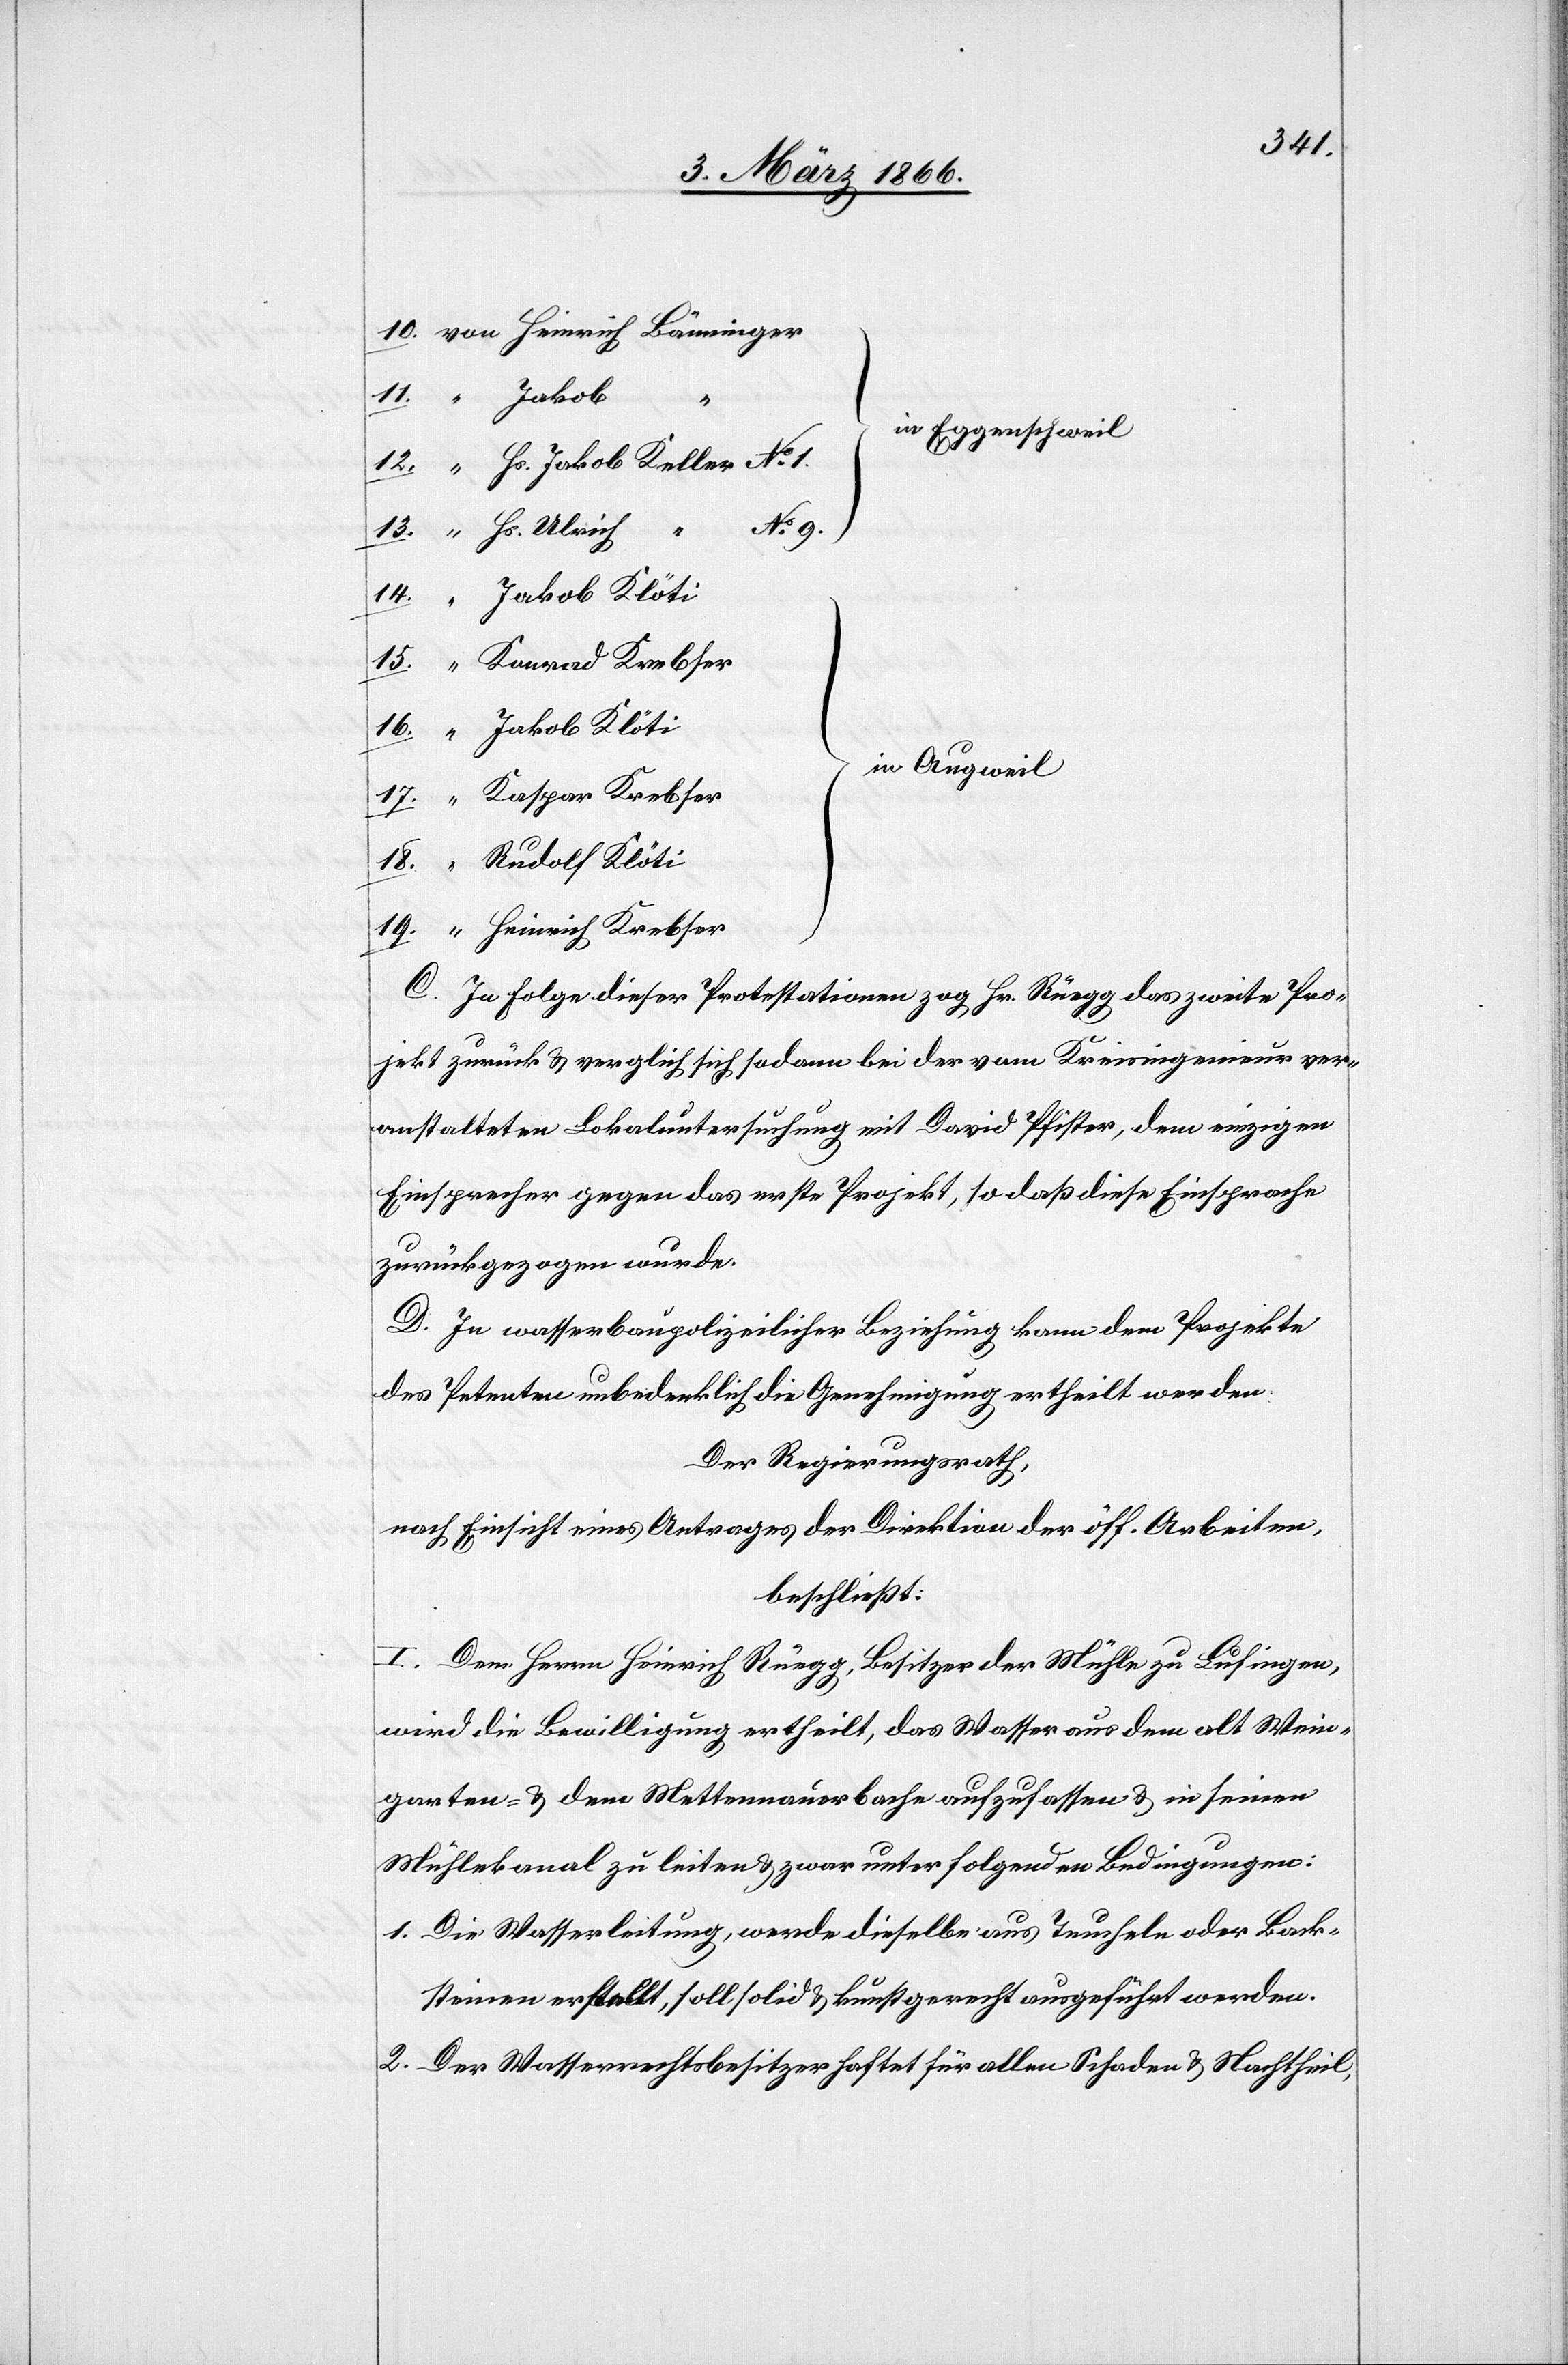
von Heinrich Bänninger
}
in Eggentschweil
“ Hs. Jakob Keller No. 1.
No. 9.
“ Hs. Ulrich „
Jakob Klöti
17.
in Augweil
Kaspar Krebser
}
9.
Rudolf Klöti
7.
19.
“ Heinrich Krebser
C. In Folge dieser Protestationen zog Hr. Rüegg das zweite Pro¬
jekt zurück u. verglich sich sodann bei der vom Kreisingenieur ver¬
anstalteten Lokaluntersuchung mit David Pfister, dem einzigen
Einsprecher gegen das erste Projekt, so daß diese Einsprache
zurückgezogen wurde.
D. In wasserbaupolizeilicher Beziehung kann dem Projekte
des Petenten unbedenklich die Genehmigung ertheilt werden.
Der Regierungsrath,
nach Einsicht eines Antrages der Direktion der öff. Arbeiten,
beschließt:
I. Dem Herrn Heinrich Rüegg, Besitzer der Mühle zu Lufingen,
wird die Bewilligung ertheilt, das Wasser aus dem alt Wein¬
garten- u. dem Mettennauerbache aufzufassen u. in seinen
Mühlekanal zu leiten u. zwar unter folgenden Bedingungen:
1. Die Wasserleitung, werde dieselbe aus Teucheln oder Back¬
steinen erstellt, soll solid u. kunstgerecht ausgeführt werden.
2. Der Wasserrechtsbesitzer haftet für allen Schaden u. Nachtheil,